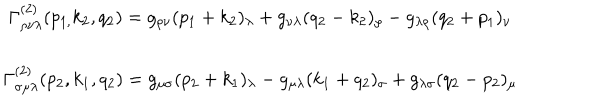
LaTeX: \begin{array} { c } { { \Gamma _ { \rho \nu \lambda } ^ { \left( 2 \right) } ( p _ { 1 , } k _ { 2 } , q _ { 2 } ) = g _ { \rho \nu } ( p _ { 1 } + k _ { 2 } ) _ { \lambda } + g _ { \nu \lambda } ( q _ { 2 } - k _ { 2 } ) _ { \rho } - g _ { \lambda \rho } ( q _ { 2 } + p _ { 1 } ) _ { \nu } } } \\ { { \Gamma _ { \sigma \mu \lambda } ^ { ( 2 ) } ( p _ { 2 } , k _ { 1 } , q _ { 2 } ) = g _ { \mu \sigma } ( p _ { 2 } + k _ { 1 } ) _ { \lambda } - g _ { \mu \lambda } ( k _ { 1 } + q _ { 2 } ) _ { \sigma } + g _ { \lambda \sigma } ( q _ { 2 } - p _ { 2 } ) _ { \mu } } } \\ \end{array}